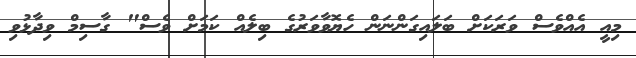
މިއީ އެއްވެސް ވަރަކަށް ބަލައިގަންނަން ހެޔޮވާވަރުގެ ބިލެއް ކަމަށް ވެސް" ގާސިމް ވިދާޅުވި